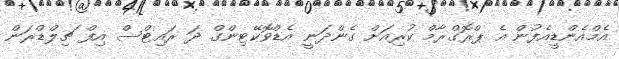
އެމްއެންޑީއެފުން އެ ޕްރޮގްރާމް ކުރިއަށް ގެންދަނީ އެޑްވޮކޭޓިންގް ދަ ރައިޓްސް އިފް ޗިލްޑްރަން